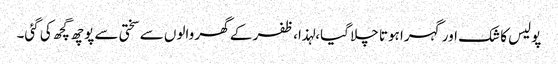
پولیس کا شک اور گہرا ہوتا چلا گیا،لہذا، ظفر کے گھر والوں سے سختی سے پوچھ گچھ کی گئی۔